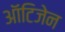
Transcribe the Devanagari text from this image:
ऑटिजेन